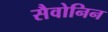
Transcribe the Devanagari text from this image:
सैवोनिन